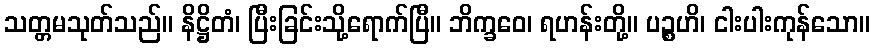
သတ္တမသုတ်သည်။ နိဋ္ဌိတံ၊ ပြီးခြင်းသို့ရောက်ပြီ။ ဘိက္ခဝေ၊ ရဟန်းတို့။ ပဉ္စဟိ၊ ငါးပါးကုန်သော။